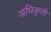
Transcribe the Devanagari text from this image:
अधिकृती